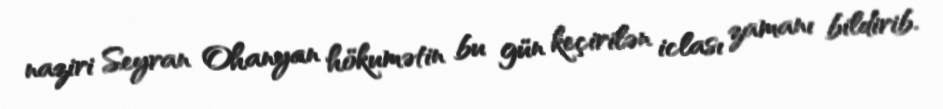
naziri Seyran Ohanyan hökumətin bu gün keçirilən iclası zamanı bildirib.